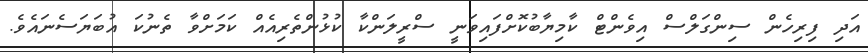
އަދި ފިރިހެން ސިންގަލްސް އިވެންޓް ކާމިޔާބުކޮށްފައިވަނީ ސްރީލަންކާ ކުޅުންތެރިއެއް ކަމަށްވާ ތެނުކަ އުބަޔަސެނައެވެ.